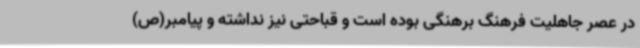
در عصر جاهلیت فرهنگ برهنگی بوده است و قباحتی نیز نداشته و پیامبر(ص)